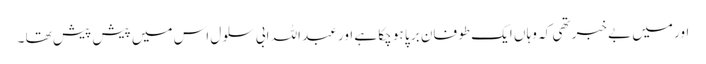
اور میں بے خبر تھی کہ وہا ں ایک طو فان بر پا ہو چکا ہے اور عبد اللہ ابی سلو ل اس میں پیش پیش تھا ۔